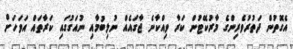
އެގޮތުން ދަތުރުވެރިންގެ މާރުކޭޓުން ކަރާ ވިއްކާނެ ޖާގައެއް ނުލިބުމާއި ނުއަގުގައި ކަރާތައް އަވަހަށް